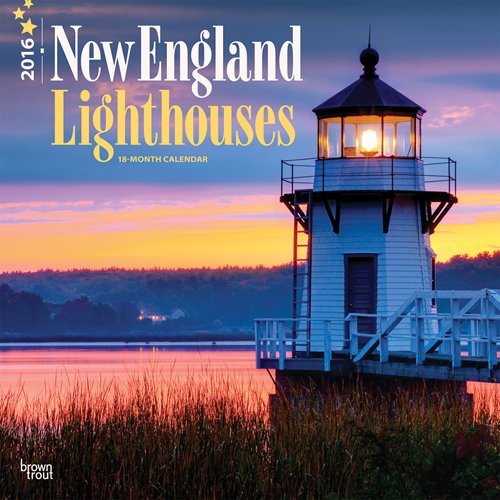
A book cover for Lighthouses, New England 2016 Square 12x12 (Multilingual Edition); Browntrout Publishers; Calendars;